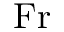
\mathrm { F r }